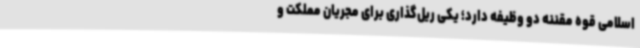
اسلامی قوه مقننه دو وظیفه دارد؛ یکی ریل‌گذاری برای مجریان مملکت و